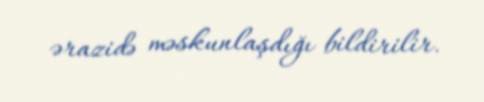
ərazidə məskunlaşdığı bildirilir.